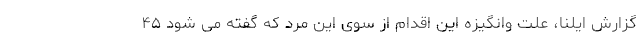
گزارش ایلنا، علت وانگیزه این اقدام از سوی این مرد که گفته می شود ۴۵